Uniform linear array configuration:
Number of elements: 24
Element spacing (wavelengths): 0.75
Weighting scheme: cosine
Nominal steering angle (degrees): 60
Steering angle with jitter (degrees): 58.804
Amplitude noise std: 0.05
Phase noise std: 0.05

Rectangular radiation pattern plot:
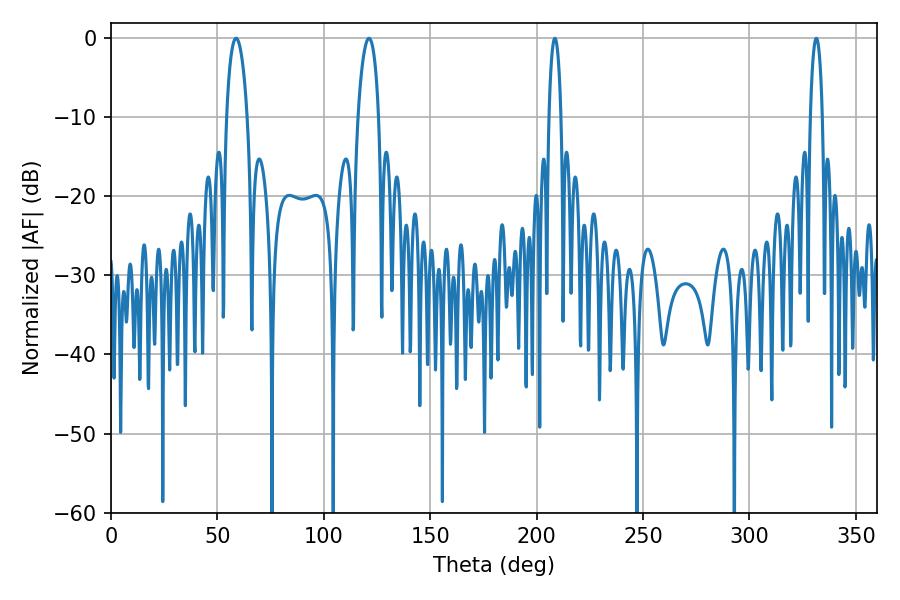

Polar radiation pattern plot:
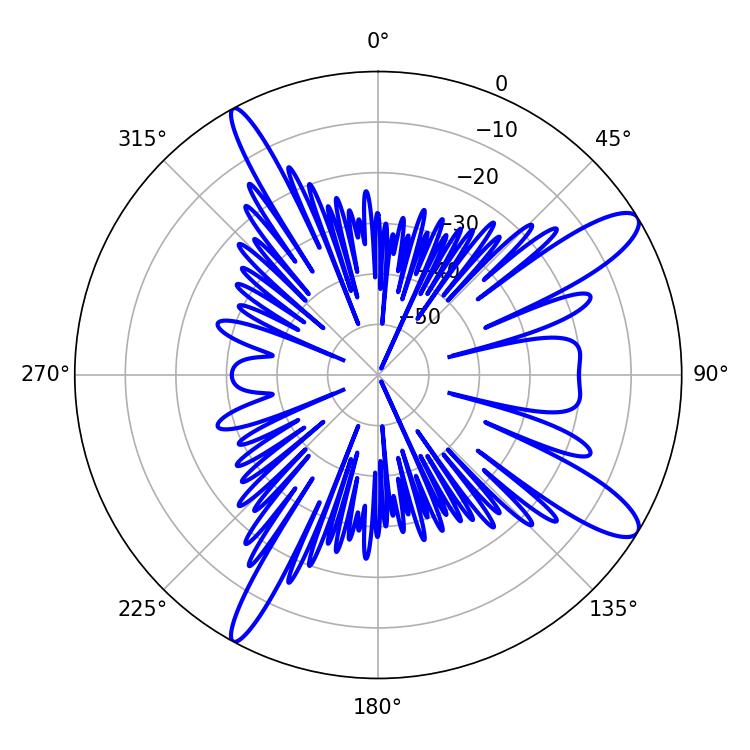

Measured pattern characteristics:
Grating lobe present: TRUE
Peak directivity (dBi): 12.038
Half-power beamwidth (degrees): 5.58
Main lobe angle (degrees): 58.86